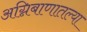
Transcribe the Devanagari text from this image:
अग्निबाणातल्या